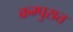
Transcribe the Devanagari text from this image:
कम्पुरात्त